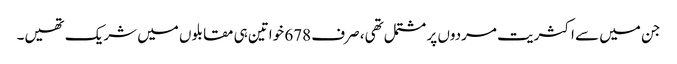
جن میں سے اکثریت مردوں پر مشتمل تھی، صرف 678 خواتین ہی مقابلوں میں شریک تھیں۔